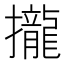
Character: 攏